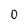
Character: 0